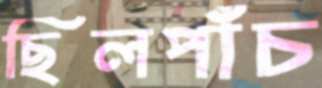
ছিলপাঁচ